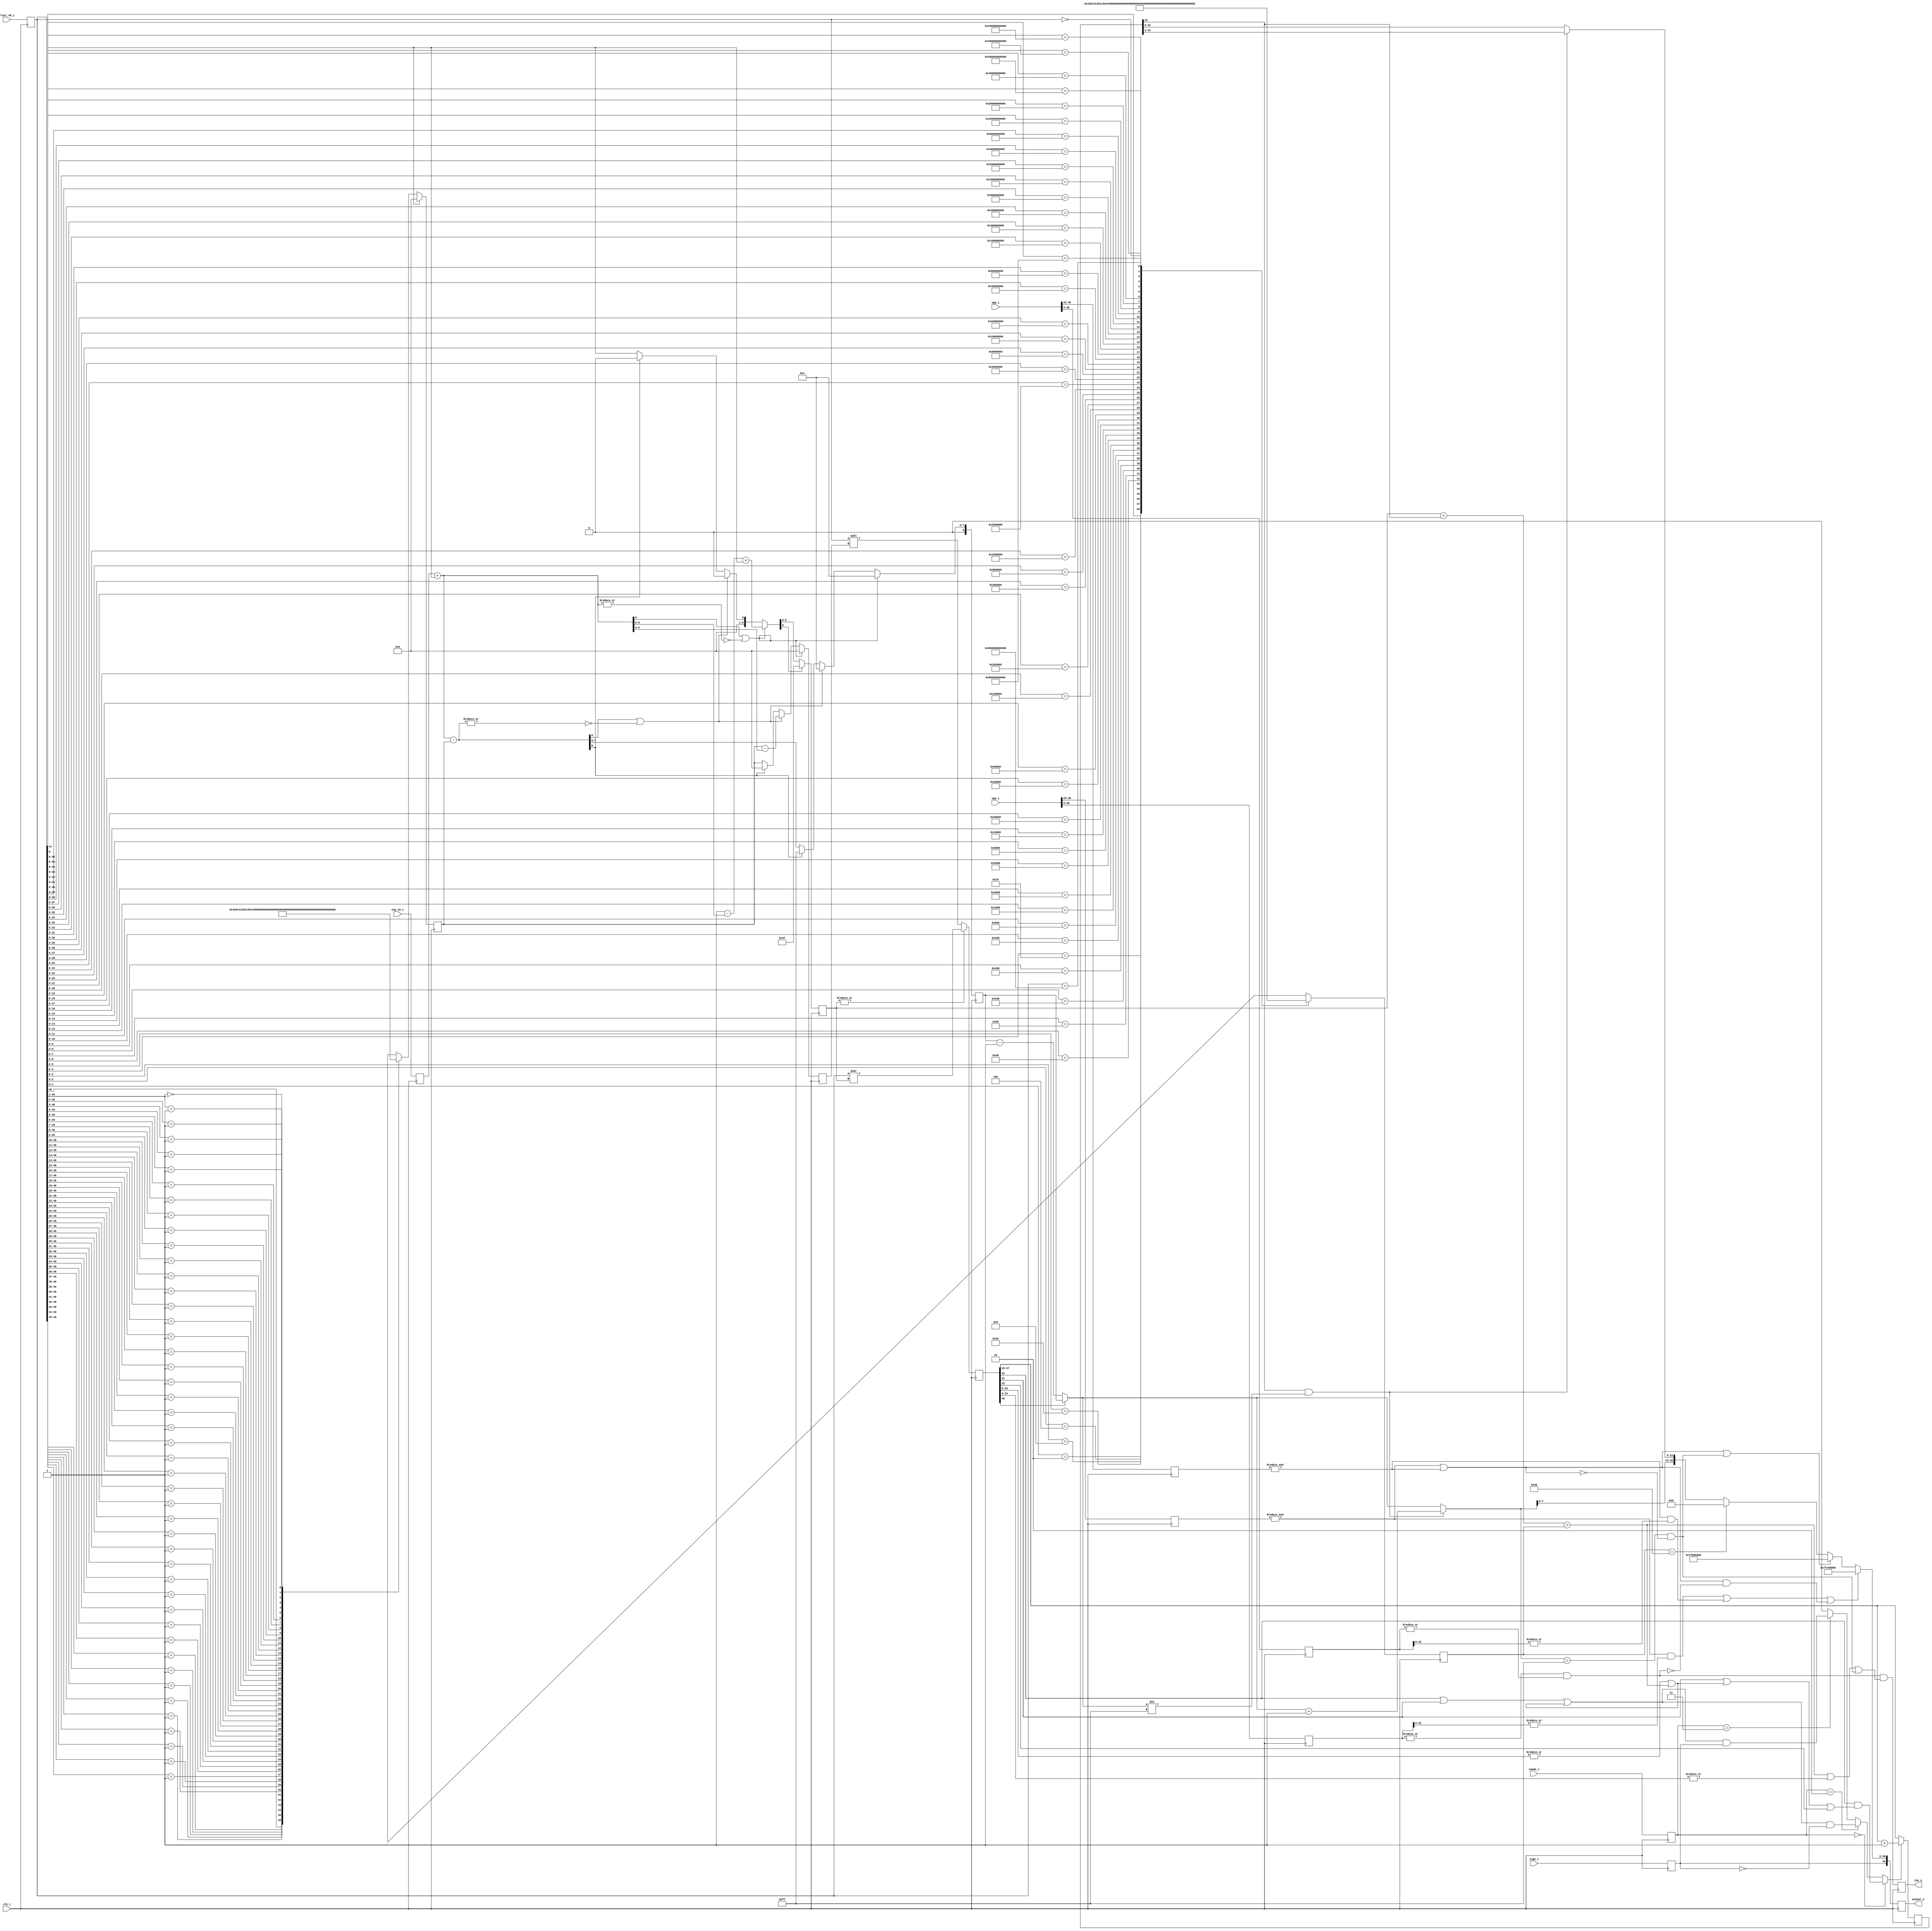
//////////////////////////////////////////////////////////////////////
////                                                              ////
////  or1200_fpu_post_norm_mul                                    ////
////                                                              ////
////  This file is part of the OpenRISC 1200 project              ////
////  http://opencores.org/project,or1k                           ////
////                                                              ////
////  Description                                                 ////
////  post-normalization entity for the multiplication unit       ////
////                                                              ////
////  To Do:                                                      ////
////                                                              ////
////                                                              ////
////  Author(s):                                                  ////
////      - Original design (FPU100) -                            ////
////        Jidan Al-eryani, jidan@gmx.net                        ////
////      - Conv. to Verilog and inclusion in OR1200 -            ////
////        Julius Baxter, julius@opencores.org                   ////
////                                                              ////
//////////////////////////////////////////////////////////////////////
//
//  Copyright (C) 2006, 2010
//
//	This source file may be used and distributed without        
//	restriction provided that this copyright statement is not   
//	removed from the file and that any derivative work contains 
//	the original copyright notice and the associated disclaimer.
//                                                           
//		THIS SOFTWARE IS PROVIDED ``AS IS'' AND WITHOUT ANY     
//	EXPRESS OR IMPLIED WARRANTIES, INCLUDING, BUT NOT LIMITED   
//	TO, THE IMPLIED WARRANTIES OF MERCHANTABILITY AND FITNESS   
//	FOR A PARTICULAR PURPOSE. IN NO EVENT SHALL THE AUTHOR      
//	OR CONTRIBUTORS BE LIABLE FOR ANY DIRECT, INDIRECT,         
//	INCIDENTAL, SPECIAL, EXEMPLARY, OR CONSEQUENTIAL DAMAGES    
//	(INCLUDING, BUT NOT LIMITED TO, PROCUREMENT OF SUBSTITUTE   
//	GOODS OR SERVICES; LOSS OF USE, DATA, OR PROFITS; OR        
//	BUSINESS INTERRUPTION) HOWEVER CAUSED AND ON ANY THEORY OF  
//	LIABILITY, WHETHER IN  CONTRACT, STRICT LIABILITY, OR TORT  
//	(INCLUDING NEGLIGENCE OR OTHERWISE) ARISING IN ANY WAY OUT  
//	OF THE USE OF THIS SOFTWARE, EVEN IF ADVISED OF THE         
//	POSSIBILITY OF SUCH DAMAGE. 
//

module or1200_fpu_post_norm_mul(
		     clk_i,
		     opa_i,
		     opb_i,
		     exp_10_i,
		     fract_48_i,
		     sign_i,
		     rmode_i,
		     output_o,
		     ine_o
		     );

   parameter FP_WIDTH = 32;
   parameter MUL_SERIAL = 0; // 0 for parallel multiplier, 1 for serial
   parameter MUL_COUNT = 11; //11 for parallel multiplier, 34 for serial
   parameter FRAC_WIDTH = 23;
   parameter EXP_WIDTH = 8;
   parameter ZERO_VECTOR = 31'd0;
   parameter INF = 31'b1111111100000000000000000000000;
   parameter QNAN = 31'b1111111110000000000000000000000;
   parameter SNAN = 31'b1111111100000000000000000000001;

   input clk_i;
   input [FP_WIDTH-1:0] opa_i;
   input [FP_WIDTH-1:0] opb_i;
   input [EXP_WIDTH+1:0] exp_10_i;
   input [2*FRAC_WIDTH+1:0] fract_48_i;
   input 		    sign_i;
   input [1:0] 		    rmode_i;
   output reg [FP_WIDTH-1:0]    output_o;
   output reg 		    ine_o;

   
   reg [EXP_WIDTH-1:0]     s_expa;
   reg [EXP_WIDTH-1:0]     s_expb;
   reg [EXP_WIDTH+1:0]     s_exp_10_i;
   reg [2*FRAC_WIDTH+1:0]  s_fract_48_i;
   reg 			   s_sign_i;   
   wire [FP_WIDTH-1:0] 	    s_output_o;
   wire 		    s_ine_o;
   wire 		    s_overflow;   
   reg [FP_WIDTH-1:0] 	    s_opa_i;
   reg [FP_WIDTH-1:0] 	    s_opb_i;
   reg [1:0] 		    s_rmode_i;

   reg [5:0] 		    s_zeros;
   wire 		    s_carry;   
   reg [5:0] 		    s_shr2;
   reg [5:0] 		    s_shl2;
   reg [8:0] 		    s_expo1;
   wire [8:0] 		    s_expo2b;
   wire [9:0] 		    s_exp_10a;
   wire [9:0] 		    s_exp_10b;
   reg [47:0] 		    s_frac2a;

   wire 		    s_sticky, s_guard, s_round;   
   wire 		    s_roundup;   
   reg [24:0] 		    s_frac_rnd;
   wire [24:0] 		    s_frac3;
   wire 		    s_shr3;   
   reg [5:0] 		    s_r_zeros;
   wire 		    s_lost;   
   wire 		    s_op_0;   
   wire [8:0] 		    s_expo3;

   wire 		    s_infa, s_infb;   
   wire 		    s_nan_in, s_nan_op, s_nan_a, s_nan_b;   

   
   // Input Register
   always @(posedge clk_i)
     begin
	s_opa_i <= opa_i;
	s_opb_i <= opb_i;	
	s_expa <= opa_i[30:23];
	s_expb <= opb_i[30:23];
	s_exp_10_i <= exp_10_i;
	s_fract_48_i <= fract_48_i;
	s_sign_i <= sign_i;
	s_rmode_i <= rmode_i;
     end

   // Output register
   always @(posedge clk_i)
     begin
	output_o <= s_output_o;
	ine_o	<= s_ine_o;
     end

   //*** Stage 1 ****
   // figure out the exponent and howmuch the fraction has to be shiftd 
   // right/left
	
   assign s_carry = s_fract_48_i[47];
   
   
   always @(posedge clk_i)
     if (!s_fract_48_i[47])
       casez(s_fract_48_i[46:1])	// synopsys full_case parallel_case
	 46'b1?????????????????????????????????????????????: s_zeros <=  0;
	 46'b01????????????????????????????????????????????: s_zeros <=  1;
	 46'b001???????????????????????????????????????????: s_zeros <=  2;
	 46'b0001??????????????????????????????????????????: s_zeros <=  3;
	 46'b00001?????????????????????????????????????????: s_zeros <=  4;
	 46'b000001????????????????????????????????????????: s_zeros <=  5;
	 46'b0000001???????????????????????????????????????: s_zeros <=  6;
	 46'b00000001??????????????????????????????????????: s_zeros <=  7;
	 46'b000000001?????????????????????????????????????: s_zeros <=  8;
	 46'b0000000001????????????????????????????????????: s_zeros <=  9;
	 46'b00000000001???????????????????????????????????: s_zeros <=  10;
	 46'b000000000001??????????????????????????????????: s_zeros <=  11;
	 46'b0000000000001?????????????????????????????????: s_zeros <=  12;
	 46'b00000000000001????????????????????????????????: s_zeros <=  13;
	 46'b000000000000001???????????????????????????????: s_zeros <=  14;
	 46'b0000000000000001??????????????????????????????: s_zeros <=  15;
	 46'b00000000000000001?????????????????????????????: s_zeros <=  16;
	 46'b000000000000000001????????????????????????????: s_zeros <=  17;
	 46'b0000000000000000001???????????????????????????: s_zeros <=  18;
	 46'b00000000000000000001??????????????????????????: s_zeros <=  19;
	 46'b000000000000000000001?????????????????????????: s_zeros <=  20;
	 46'b0000000000000000000001????????????????????????: s_zeros <=  21;
	 46'b00000000000000000000001???????????????????????: s_zeros <=  22;
	 46'b000000000000000000000001??????????????????????: s_zeros <=  23;
	 46'b0000000000000000000000001?????????????????????: s_zeros <=  24;
	 46'b00000000000000000000000001????????????????????: s_zeros <=  25;
	 46'b000000000000000000000000001???????????????????: s_zeros <=  26;
	 46'b0000000000000000000000000001??????????????????: s_zeros <=  27;
	 46'b00000000000000000000000000001?????????????????: s_zeros <=  28;
	 46'b000000000000000000000000000001????????????????: s_zeros <=  29;
	 46'b0000000000000000000000000000001???????????????: s_zeros <=  30;
	 46'b00000000000000000000000000000001??????????????: s_zeros <=  31;
	 46'b000000000000000000000000000000001?????????????: s_zeros <=  32;
	 46'b0000000000000000000000000000000001????????????: s_zeros <=  33;
	 46'b00000000000000000000000000000000001???????????: s_zeros <=  34;
	 46'b000000000000000000000000000000000001??????????: s_zeros <=  35;
	 46'b0000000000000000000000000000000000001?????????: s_zeros <=  36;
	 46'b00000000000000000000000000000000000001????????: s_zeros <=  37;
	 46'b000000000000000000000000000000000000001???????: s_zeros <=  38;
	 46'b0000000000000000000000000000000000000001??????: s_zeros <=  39;
	 46'b00000000000000000000000000000000000000001?????: s_zeros <=  40;
	 46'b000000000000000000000000000000000000000001????: s_zeros <=  41;
	 46'b0000000000000000000000000000000000000000001???: s_zeros <=  42;
	 46'b00000000000000000000000000000000000000000001??: s_zeros <=  43;
	 46'b000000000000000000000000000000000000000000001?: s_zeros <=  44;
	 46'b0000000000000000000000000000000000000000000001: s_zeros <=  45;
	 46'b0000000000000000000000000000000000000000000000: s_zeros <=  46;
       endcase // casex (s_fract_48_i[46:1])
     else
       s_zeros <= 0;


   always @(posedge clk_i)
     casez(s_fract_48_i) // synopsys full_case parallel_case
       48'b???????????????????????????????????????????????1: s_r_zeros <=  0;
       48'b??????????????????????????????????????????????10: s_r_zeros <=  1;
       48'b?????????????????????????????????????????????100: s_r_zeros <=  2;
       48'b????????????????????????????????????????????1000: s_r_zeros <=  3;
       48'b???????????????????????????????????????????10000: s_r_zeros <=  4;
       48'b??????????????????????????????????????????100000: s_r_zeros <=  5;
       48'b?????????????????????????????????????????1000000: s_r_zeros <=  6;
       48'b????????????????????????????????????????10000000: s_r_zeros <=  7;
       48'b???????????????????????????????????????100000000: s_r_zeros <=  8;
       48'b??????????????????????????????????????1000000000: s_r_zeros <=  9;
       48'b?????????????????????????????????????10000000000: s_r_zeros <=  10;
       48'b????????????????????????????????????100000000000: s_r_zeros <=  11;
       48'b???????????????????????????????????1000000000000: s_r_zeros <=  12;
       48'b??????????????????????????????????10000000000000: s_r_zeros <=  13;
       48'b?????????????????????????????????100000000000000: s_r_zeros <=  14;
       48'b????????????????????????????????1000000000000000: s_r_zeros <=  15;
       48'b???????????????????????????????10000000000000000: s_r_zeros <=  16;
       48'b??????????????????????????????100000000000000000: s_r_zeros <=  17;
       48'b?????????????????????????????1000000000000000000: s_r_zeros <=  18;
       48'b????????????????????????????10000000000000000000: s_r_zeros <=  19;
       48'b???????????????????????????100000000000000000000: s_r_zeros <=  20;
       48'b??????????????????????????1000000000000000000000: s_r_zeros <=  21;
       48'b?????????????????????????10000000000000000000000: s_r_zeros <=  22;
       48'b????????????????????????100000000000000000000000: s_r_zeros <=  23;
       48'b???????????????????????1000000000000000000000000: s_r_zeros <=  24;
       48'b??????????????????????10000000000000000000000000: s_r_zeros <=  25;
       48'b?????????????????????100000000000000000000000000: s_r_zeros <=  26;
       48'b????????????????????1000000000000000000000000000: s_r_zeros <=  27;
       48'b???????????????????10000000000000000000000000000: s_r_zeros <=  28;
       48'b??????????????????100000000000000000000000000000: s_r_zeros <=  29;
       48'b?????????????????1000000000000000000000000000000: s_r_zeros <=  30;
       48'b????????????????10000000000000000000000000000000: s_r_zeros <=  31;
       48'b???????????????100000000000000000000000000000000: s_r_zeros <=  32;
       48'b??????????????1000000000000000000000000000000000: s_r_zeros <=  33;
       48'b?????????????10000000000000000000000000000000000: s_r_zeros <=  34;
       48'b????????????100000000000000000000000000000000000: s_r_zeros <=  35;
       48'b???????????1000000000000000000000000000000000000: s_r_zeros <=  36;
       48'b??????????10000000000000000000000000000000000000: s_r_zeros <=  37;
       48'b?????????100000000000000000000000000000000000000: s_r_zeros <=  38;
       48'b????????1000000000000000000000000000000000000000: s_r_zeros <=  39;
       48'b???????10000000000000000000000000000000000000000: s_r_zeros <=  40;
       48'b??????100000000000000000000000000000000000000000: s_r_zeros <=  41;
       48'b?????1000000000000000000000000000000000000000000: s_r_zeros <=  42;
       48'b????10000000000000000000000000000000000000000000: s_r_zeros <=  43;
       48'b???100000000000000000000000000000000000000000000: s_r_zeros <=  44;
       48'b??1000000000000000000000000000000000000000000000: s_r_zeros <=  45;
       48'b?10000000000000000000000000000000000000000000000: s_r_zeros <=  46;
       48'b100000000000000000000000000000000000000000000000: s_r_zeros <=  47;
       48'b000000000000000000000000000000000000000000000000: s_r_zeros <=  48;
     endcase // casex (s_fract_48_i)

   assign s_exp_10a = s_exp_10_i + {9'd0,s_carry};		
   assign s_exp_10b = s_exp_10a - {4'd0,s_zeros};

   wire [9:0] v_shr1;
   wire [9:0] v_shl1;
   
   assign v_shr1 = (s_exp_10a[9] | !(|s_exp_10a)) ?
		   10'd1 - s_exp_10a + {9'd0,s_carry} :
		   (s_exp_10b[9] | !(|s_exp_10b)) ?
		   0 :
		   s_exp_10b[8] ?
		   0 : {9'd0,s_carry};
   
   assign v_shl1 = (s_exp_10a[9] | !(|s_exp_10a)) ?
		   0 :
		   (s_exp_10b[9] | !(|s_exp_10b)) ?
		   {4'd0,s_zeros} - s_exp_10a :
		   s_exp_10b[8] ?
		   0 : {4'd0,s_zeros};
   
		   
   always @(posedge clk_i)
     begin
	if ((s_exp_10a[9] | !(|s_exp_10a)))
	  s_expo1 <= 9'd1;
	else if (s_exp_10b[9] | !(|s_exp_10b))
	  s_expo1 <= 9'd1;
	else if (s_exp_10b[8])
	  s_expo1 <= 9'b011111111;
	else
	  s_expo1 <= s_exp_10b[8:0];
	
	if (v_shr1[6])
	  s_shr2 <= {6{1'b1}};
	else
	  s_shr2 <= v_shr1[5:0];

	s_shl2 <= v_shl1[5:0];
     end // always @ (posedge clk_i)
   	
   // *** Stage 2 ***
   // Shifting the fraction and rounding
		
		
   // shift the fraction
   always @(posedge clk_i)
     if (|s_shr2)
       s_frac2a <= s_fract_48_i >> s_shr2;
     else 
       s_frac2a <= s_fract_48_i << s_shl2; 
	
   assign s_expo2b = s_frac2a[46] ? s_expo1 : s_expo1 - 9'd1;

   // signals if precision was last during the right-shift above
   assign s_lost = (s_shr2 + {5'd0,s_shr3}) > s_r_zeros;
   
   // ***Stage 3***
   // Rounding

   //								   23
   //									|	
   // 			xx00000000000000000000000grsxxxxxxxxxxxxxxxxxxxx
   // guard bit: s_frac2a[23] (LSB of output)
   // round bit: s_frac2a[22]
   assign s_guard = s_frac2a[22];
   assign s_round = s_frac2a[21];
   assign s_sticky = (|s_frac2a[20:0]) | s_lost;
   
   assign s_roundup = s_rmode_i==2'b00 ? // round to nearest even
		      s_guard & ((s_round | s_sticky) | s_frac2a[23]) :
		      s_rmode_i==2'b10 ? // round up
		      (s_guard | s_round | s_sticky) & !s_sign_i :
		      s_rmode_i==2'b11 ? // round down
		      (s_guard | s_round | s_sticky) & s_sign_i : 
		      0; // round to zero(truncate = no rounding)
   
   
   always @(posedge clk_i)
     if (s_roundup)
       s_frac_rnd <= s_frac2a[47:23] + 1; 
     else 
       s_frac_rnd <= s_frac2a[47:23];
	
   assign s_shr3 = s_frac_rnd[24];


   assign s_expo3 = (s_shr3 & (s_expo2b!=9'b011111111)) ? 
		     s_expo2b + 1 : s_expo2b;
   
   assign s_frac3 = (s_shr3 & (s_expo2b!=9'b011111111)) ? 
		     {1'b0,s_frac_rnd[24:1]} : s_frac_rnd; 
	
   //-***Stage 4****
   // Output
		
   assign s_op_0 = !((|s_opa_i[30:0]) & (|s_opb_i[30:0]));
	
   assign s_infa = &s_expa;
   
   assign s_infb = &s_expb;
      
   assign s_nan_a = s_infa & (|s_opa_i[22:0]);
   
   assign s_nan_b = s_infb & (|s_opb_i[22:0]);
   
   assign s_nan_in = s_nan_a | s_nan_b;
   
   assign s_nan_op = (s_infa | s_infb) & s_op_0; // 0 * inf = nan
   
   assign s_overflow = (s_expo3==9'b011111111) & !(s_infa | s_infb);
   
   assign s_ine_o = !s_op_0 & (s_lost | (|s_frac2a[22:0]) | s_overflow);
   
   assign s_output_o = (s_nan_in | s_nan_op) ?
		       {s_sign_i,QNAN} :
		       (s_infa | s_infb) | s_overflow ?
		       {s_sign_i,INF} :
		       s_r_zeros==48 ?
		       {s_sign_i,ZERO_VECTOR} :
		       {s_sign_i,s_expo3[7:0],s_frac3[22:0]};

endmodule // or1200_fpu_post_norm_mul